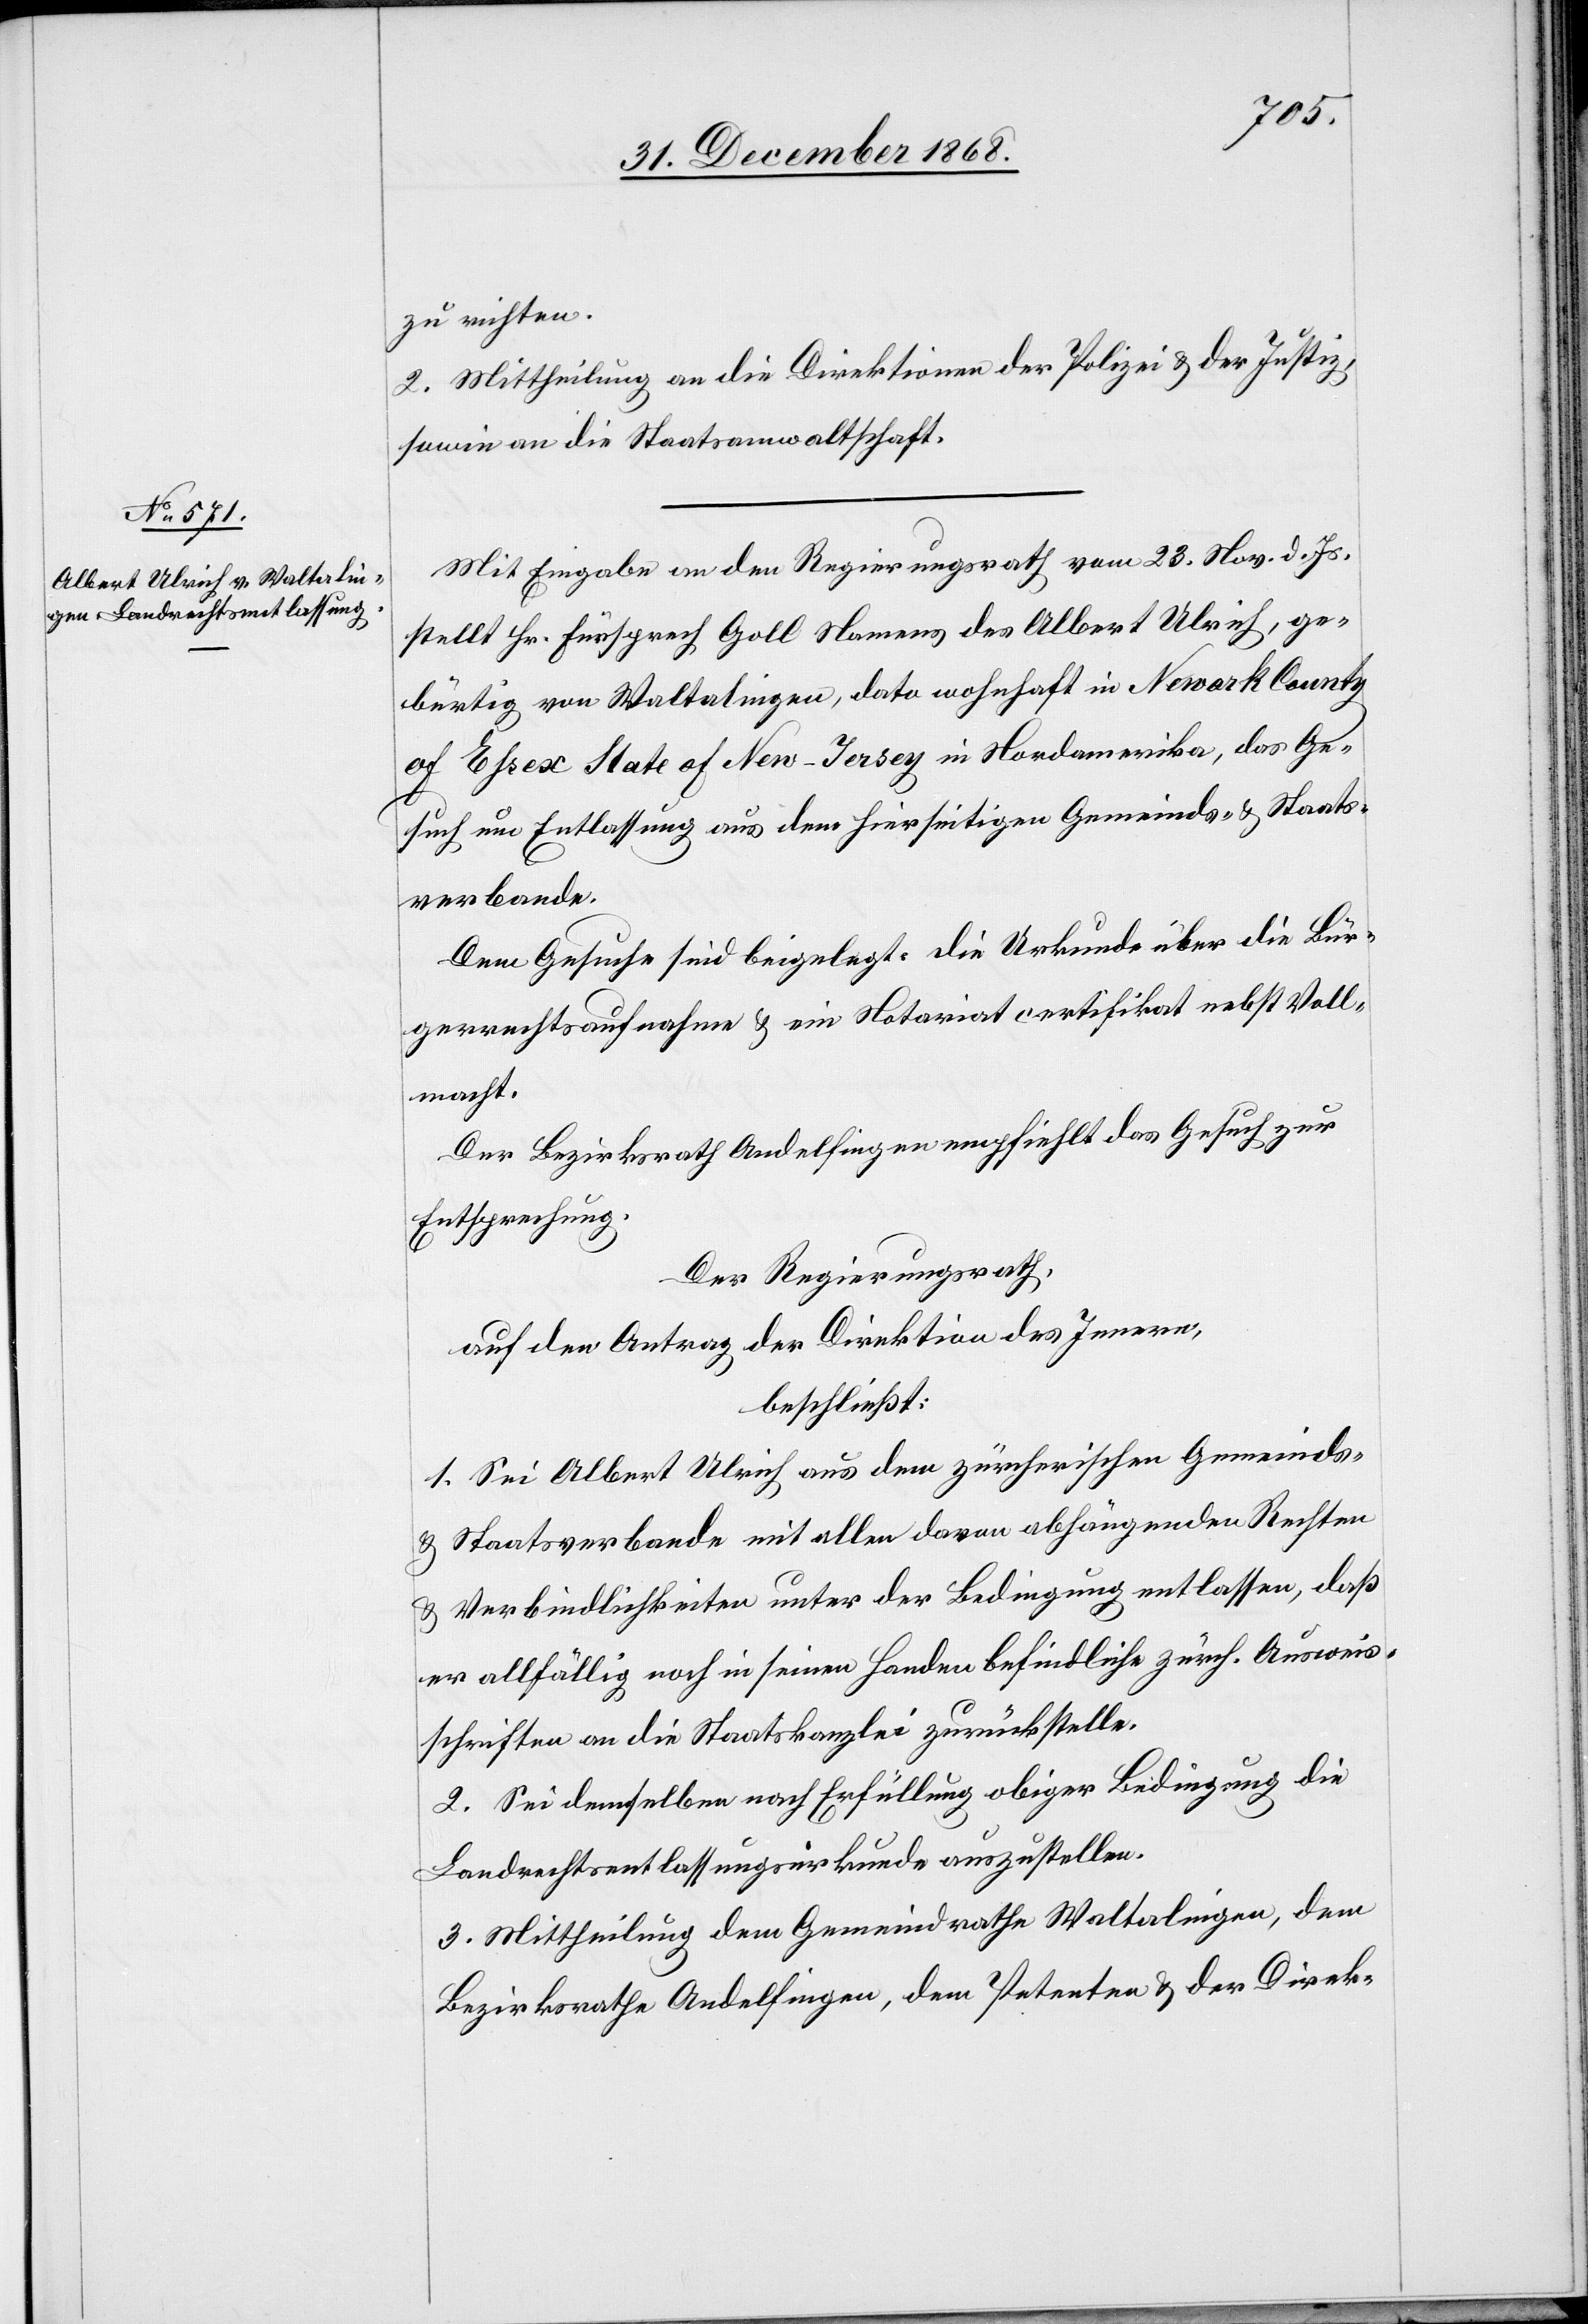
zu richten.
2. Mittheilung an die Direktionen der Polizei & der Justiz,
sowie an die Staatsanwaltschaft.
Mit Eingabe an den Regierungsrath vom 23. Nov. d. Js.
stellt Hr. Fürsprech Goll Namens des Albert Ulrich, ge¬
bürtig von Waltalingen, dato wohnhaft in Newark County
of Essex State of New-Jersey in Nordamerika, das Ge¬
such um Entlassung aus dem hierseitigen Gemeinds- & Staats¬
verbande.
Dem Gesuche sind beigelegt: Die Urkunde über die Bür¬
gerrechtsaufnahme & ein Notariatcertifikat nebst Voll¬
macht.
Der Bezirksrath Andelfingen empfiehlt das Gesuch zur
Entsprechung.
Der Regierungsrath,
auf den Antrag der Direktion des Innern,
beschließt:
1. Sei Albert Ulrich aus dem zürcherischen Gemeinds-
& Staatsverbande mit allen davon abhängenden Rechten
& Verbindlichkeiten unter der Bedingung entlassen, daß
er allfällig noch in seinen Handen befindliche zürch. Ausweis¬
schriften an die Staatskanzlei zurückstelle.
2. Sei demselben nach Erfüllung obiger Bedingung die
Landrechtsentlassungsurkunde auszustellen.
3. Mittheilung dem Gemeindrathe Waltalingen, dem
Bezirksrathe Andelfingen, dem Petenten & der Direk-